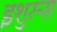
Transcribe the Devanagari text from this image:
इशुरन्स